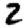
Digit: 2